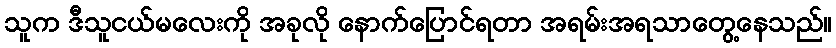
သူက ဒီသူငယ်မလေးကို အခုလို နောက်ပြောင်ရတာ အရမ်းအရသာတွေ့နေသည်။